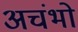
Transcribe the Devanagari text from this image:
अचंभो